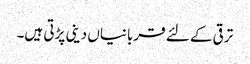
ترقی کے لئے قربانیاں دینی پڑتی ہیں۔